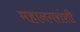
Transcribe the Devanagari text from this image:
महानगरांशी